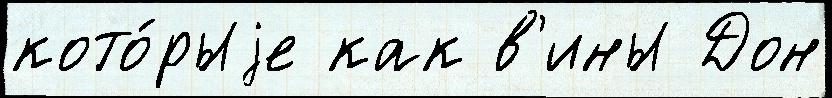
кото́рыjе как в'ины Дон